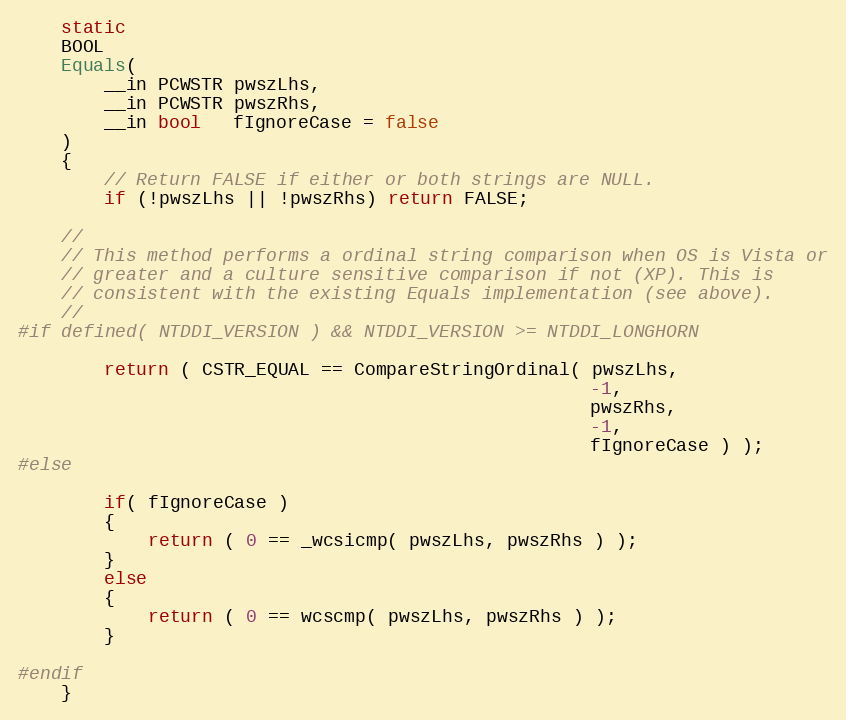
Language: C
    static
    BOOL
    Equals(
        __in PCWSTR pwszLhs,
        __in PCWSTR pwszRhs,
        __in bool   fIgnoreCase = false
    )
    {
        // Return FALSE if either or both strings are NULL.
        if (!pwszLhs || !pwszRhs) return FALSE;

    //
    // This method performs a ordinal string comparison when OS is Vista or
    // greater and a culture sensitive comparison if not (XP). This is
    // consistent with the existing Equals implementation (see above).
    //
#if defined( NTDDI_VERSION ) && NTDDI_VERSION >= NTDDI_LONGHORN

        return ( CSTR_EQUAL == CompareStringOrdinal( pwszLhs,
                                                     -1,
                                                     pwszRhs,
                                                     -1,
                                                     fIgnoreCase ) );
#else

        if( fIgnoreCase )
        {
            return ( 0 == _wcsicmp( pwszLhs, pwszRhs ) );
        }
        else
        {
            return ( 0 == wcscmp( pwszLhs, pwszRhs ) );
        }

#endif
    }